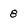
Character: 8